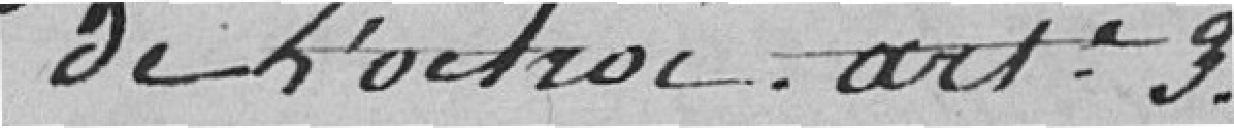
de l'octroi, article 3